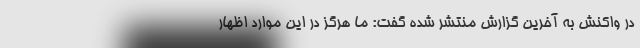
در واکنش به آخرین گزارش منتشر شده گفت: ما هرگز در این موارد اظهار